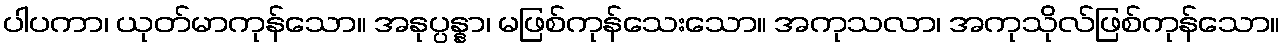
ပါပကာ၊ ယုတ်မာကုန်သော။ အနုပ္ပန္နာ၊ မဖြစ်ကုန်သေးသော။ အကုသလာ၊ အကုသိုလ်ဖြစ်ကုန်သော။